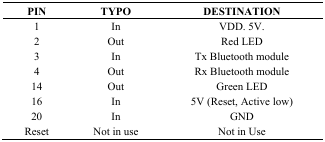
| PIN | TYPO | DESTINATION |
 | --- | --- | --- |
 | 1 | In | VDD. 5V. |
 | 2 | Out | Red LED |
 | 3 | In | Tx Bluetooth module |
 | 4 | Out | Rx Bluetooth module |
 | 14 | Out | Green LED |
 | 16 | In | 5V (Reset, Active low) |
 | 20 | In | GND |
 | Reset | Not in use | Not in Use |